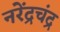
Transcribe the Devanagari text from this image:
नरेंद्रचंद्र